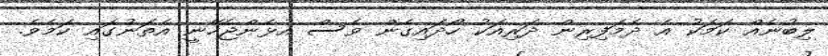
ލިބުނެއް ކަމަކު އެ ދެމަފިރިން ދަރިއަކު ހޯދައިގެން ވެސް އުޅެންޖެހޭނީ އެތަނުގައި ކަމެވެ.